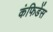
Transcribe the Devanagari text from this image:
कंफिडेंस